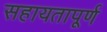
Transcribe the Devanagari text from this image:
सहायतापूर्ण